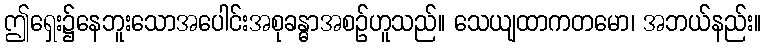
ဤရှေး၌နေဘူးသောအပေါင်းအစုခန္ဓာအစဉ်ဟူသည်။ သေယျထာကတမော၊ အဘယ်နည်း။